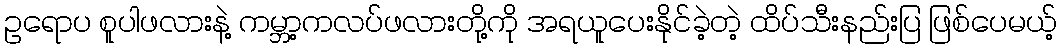
ဥရောပ စူပါဖလားနဲ့ ကမ္ဘာ့ကလပ်ဖလားတို့ကို အရယူပေးနိုင်ခဲ့တဲ့ ထိပ်သီးနည်းပြ ဖြစ်ပေမယ့်